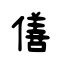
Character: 僐